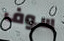
سوف